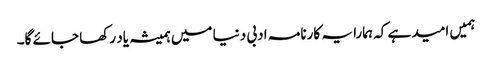
ہمیں امید ہے کہ ہمارا یہ کارنامہ ادبی دنیا میں ہمیشہ یاد رکھا جائے گا۔